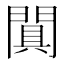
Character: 𨵙